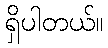
ရှိပါတယ်။